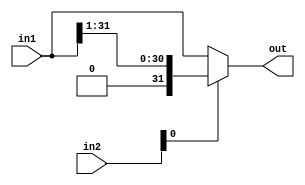
`timescale 1ns / 1ps
//////////////////////////////////////////////////////////////////////////////////
// Company: 
// Engineer: 
// 
// Design Name: 
// Module Name: srl
// Project Name: 
// Target Devices: 
// Tool Versions: 
// Description: 
// 
// Dependencies: 
// 
// Revision:
// Revision 0.01 - File Created
// Additional Comments:
// 
//////////////////////////////////////////////////////////////////////////////////


  module srl(in1, in2, out);
    input [31:0] in1;
    input [31:0] in2;
    output [31:0] out;
   
    assign out = in2[0]==1?{1'b0, in1[31:1]}:in1;
  endmodule